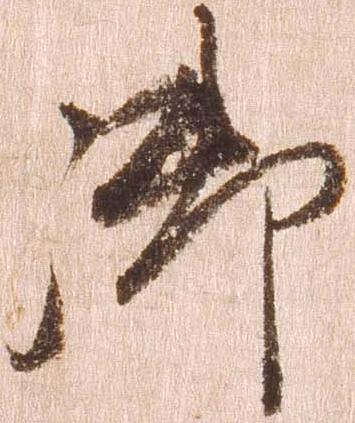
御